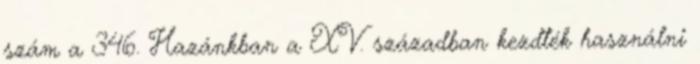
szám a 346. Hazánkban a XV. században kezdték használni